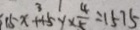
1 5 x ^ { 3 } + + 5 y \times \frac { 4 } { 5 } = 1 5 7 5